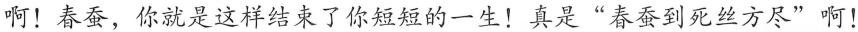
啊！春蚕，你就是这样结束了你短短的一生！真是”春蚕到死丝方尽”啊！